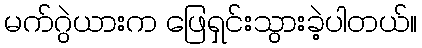
မက်ဂွဲယားက ဖြေရှင်းသွားခဲ့ပါတယ်။